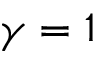
\gamma = 1